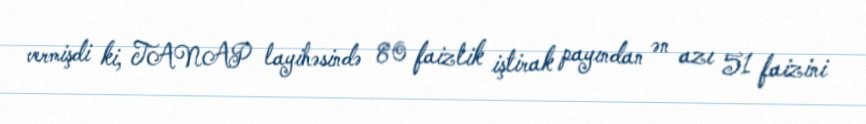
vermişdi ki, TANAP layihəsində 80 faizlik iştirak payından ən azı 51 faizini